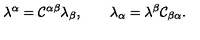
\lambda ^ { \alpha } = { \cal C } ^ { \alpha \beta } \lambda _ { \beta } , \qquad \lambda _ { \alpha } = \lambda ^ { \beta } { \cal C } _ { \beta \alpha } .